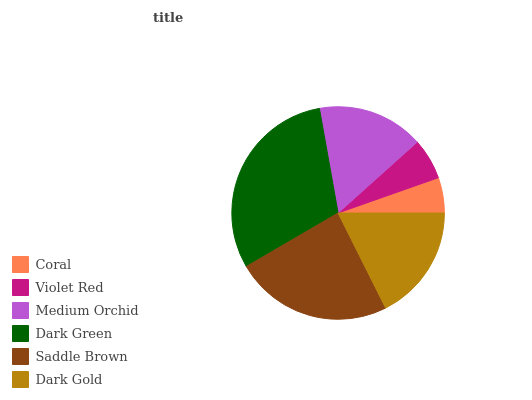
| Coral | Violet Red | Medium Orchid | Dark Green | Saddle Brown | Dark Gold |
 | --- | --- | --- | --- | --- | --- |
 | 5.37% | 6.25% | 16.2% | 30.5% | 24% | 17.6% |